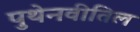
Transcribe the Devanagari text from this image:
पुथेनवीतिल